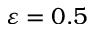
\varepsilon = 0 . 5